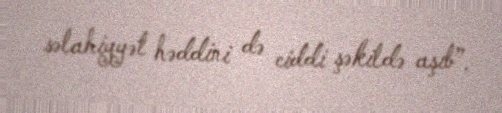
səlahiyyət həddini də ciddi şəkildə aşıb”.